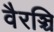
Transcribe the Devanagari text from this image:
वैरञ्चि